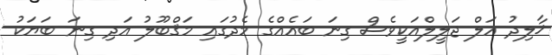
ޚާލިދު އަލް ޖަލީލްއަކީވެސް ގިނަ ބައެއްގެ މެދުގައި މަޤްބޫލު އަދި ގިނަ ބަޔަކު